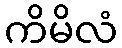
ကိမိလံ